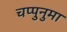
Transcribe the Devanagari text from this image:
चप्पुनुमा